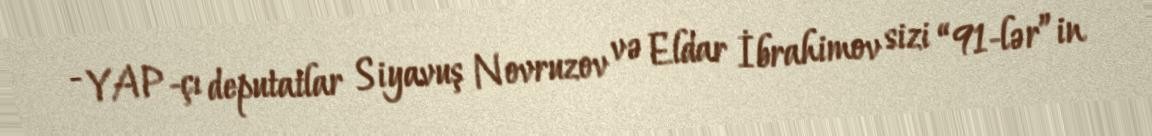
- YAP-çı deputatlar Siyavuş Novruzov və Eldar İbrahimov sizi “91-lər”in